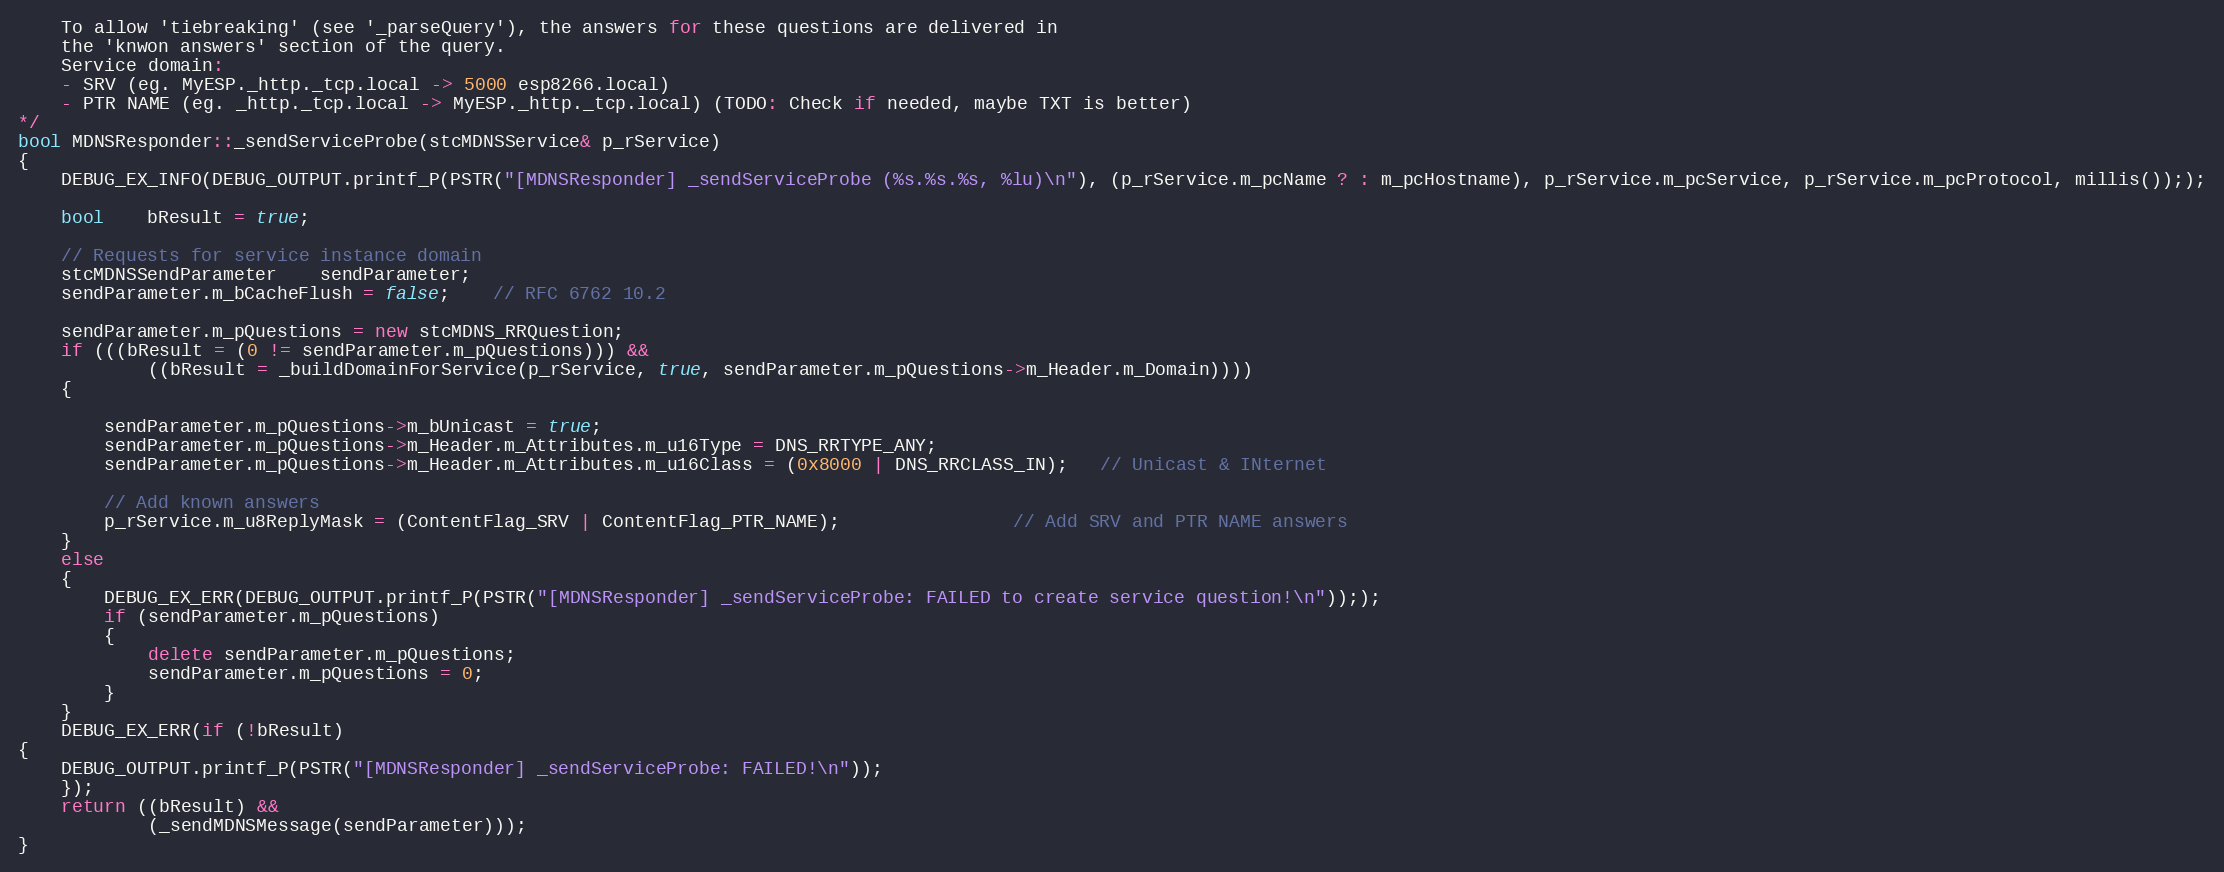
Language: C++
    To allow 'tiebreaking' (see '_parseQuery'), the answers for these questions are delivered in
    the 'knwon answers' section of the query.
    Service domain:
    - SRV (eg. MyESP._http._tcp.local -> 5000 esp8266.local)
    - PTR NAME (eg. _http._tcp.local -> MyESP._http._tcp.local) (TODO: Check if needed, maybe TXT is better)
*/
bool MDNSResponder::_sendServiceProbe(stcMDNSService& p_rService)
{
    DEBUG_EX_INFO(DEBUG_OUTPUT.printf_P(PSTR("[MDNSResponder] _sendServiceProbe (%s.%s.%s, %lu)\n"), (p_rService.m_pcName ? : m_pcHostname), p_rService.m_pcService, p_rService.m_pcProtocol, millis()););

    bool    bResult = true;

    // Requests for service instance domain
    stcMDNSSendParameter    sendParameter;
    sendParameter.m_bCacheFlush = false;    // RFC 6762 10.2

    sendParameter.m_pQuestions = new stcMDNS_RRQuestion;
    if (((bResult = (0 != sendParameter.m_pQuestions))) &&
            ((bResult = _buildDomainForService(p_rService, true, sendParameter.m_pQuestions->m_Header.m_Domain))))
    {

        sendParameter.m_pQuestions->m_bUnicast = true;
        sendParameter.m_pQuestions->m_Header.m_Attributes.m_u16Type = DNS_RRTYPE_ANY;
        sendParameter.m_pQuestions->m_Header.m_Attributes.m_u16Class = (0x8000 | DNS_RRCLASS_IN);   // Unicast & INternet

        // Add known answers
        p_rService.m_u8ReplyMask = (ContentFlag_SRV | ContentFlag_PTR_NAME);                // Add SRV and PTR NAME answers
    }
    else
    {
        DEBUG_EX_ERR(DEBUG_OUTPUT.printf_P(PSTR("[MDNSResponder] _sendServiceProbe: FAILED to create service question!\n")););
        if (sendParameter.m_pQuestions)
        {
            delete sendParameter.m_pQuestions;
            sendParameter.m_pQuestions = 0;
        }
    }
    DEBUG_EX_ERR(if (!bResult)
{
    DEBUG_OUTPUT.printf_P(PSTR("[MDNSResponder] _sendServiceProbe: FAILED!\n"));
    });
    return ((bResult) &&
            (_sendMDNSMessage(sendParameter)));
}